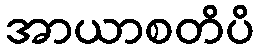
အာယာစတိပိ